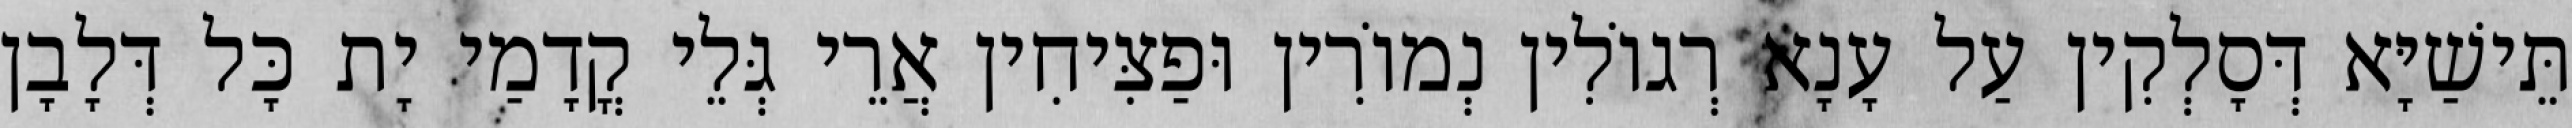
תֵּישַׁיָּא דְּסָלְקִין עַל עָנָא רְגוֹלִין נְמוֹרִין וּפַצִּיחִין אֲרֵי גְּלֵי קֳדָמַי יָת כָּל דְּלָבָן